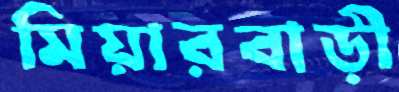
মিয়ারবাড়ী